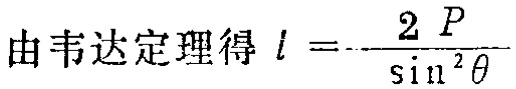
由韦达定理得 \(l =-\frac{2 P}{\sin ^{2} \theta}\)